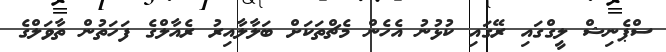
ސްޕެނިޝް ލީގްގައި ރޭގައި ކުޅުނު އެހެން މެޗްތަކަށް ބަލާލާއިރު ރެއާލްގެ ފަހަތުން ތާވަލްގެ